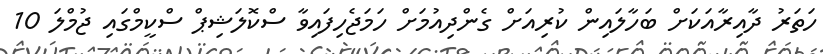
ހަތަރު ދާއިރާއަކަށް ބަހާލައިން ކުރިއަށް ގެންދިއުމަށް ހަމަޖެހިފައިވާ ސްކޮލަޝިޕް ސްކީމްގައި ޖުމްލަ 10